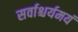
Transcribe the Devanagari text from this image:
सर्वाश्चर्यमयं